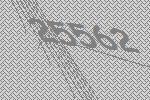
25562